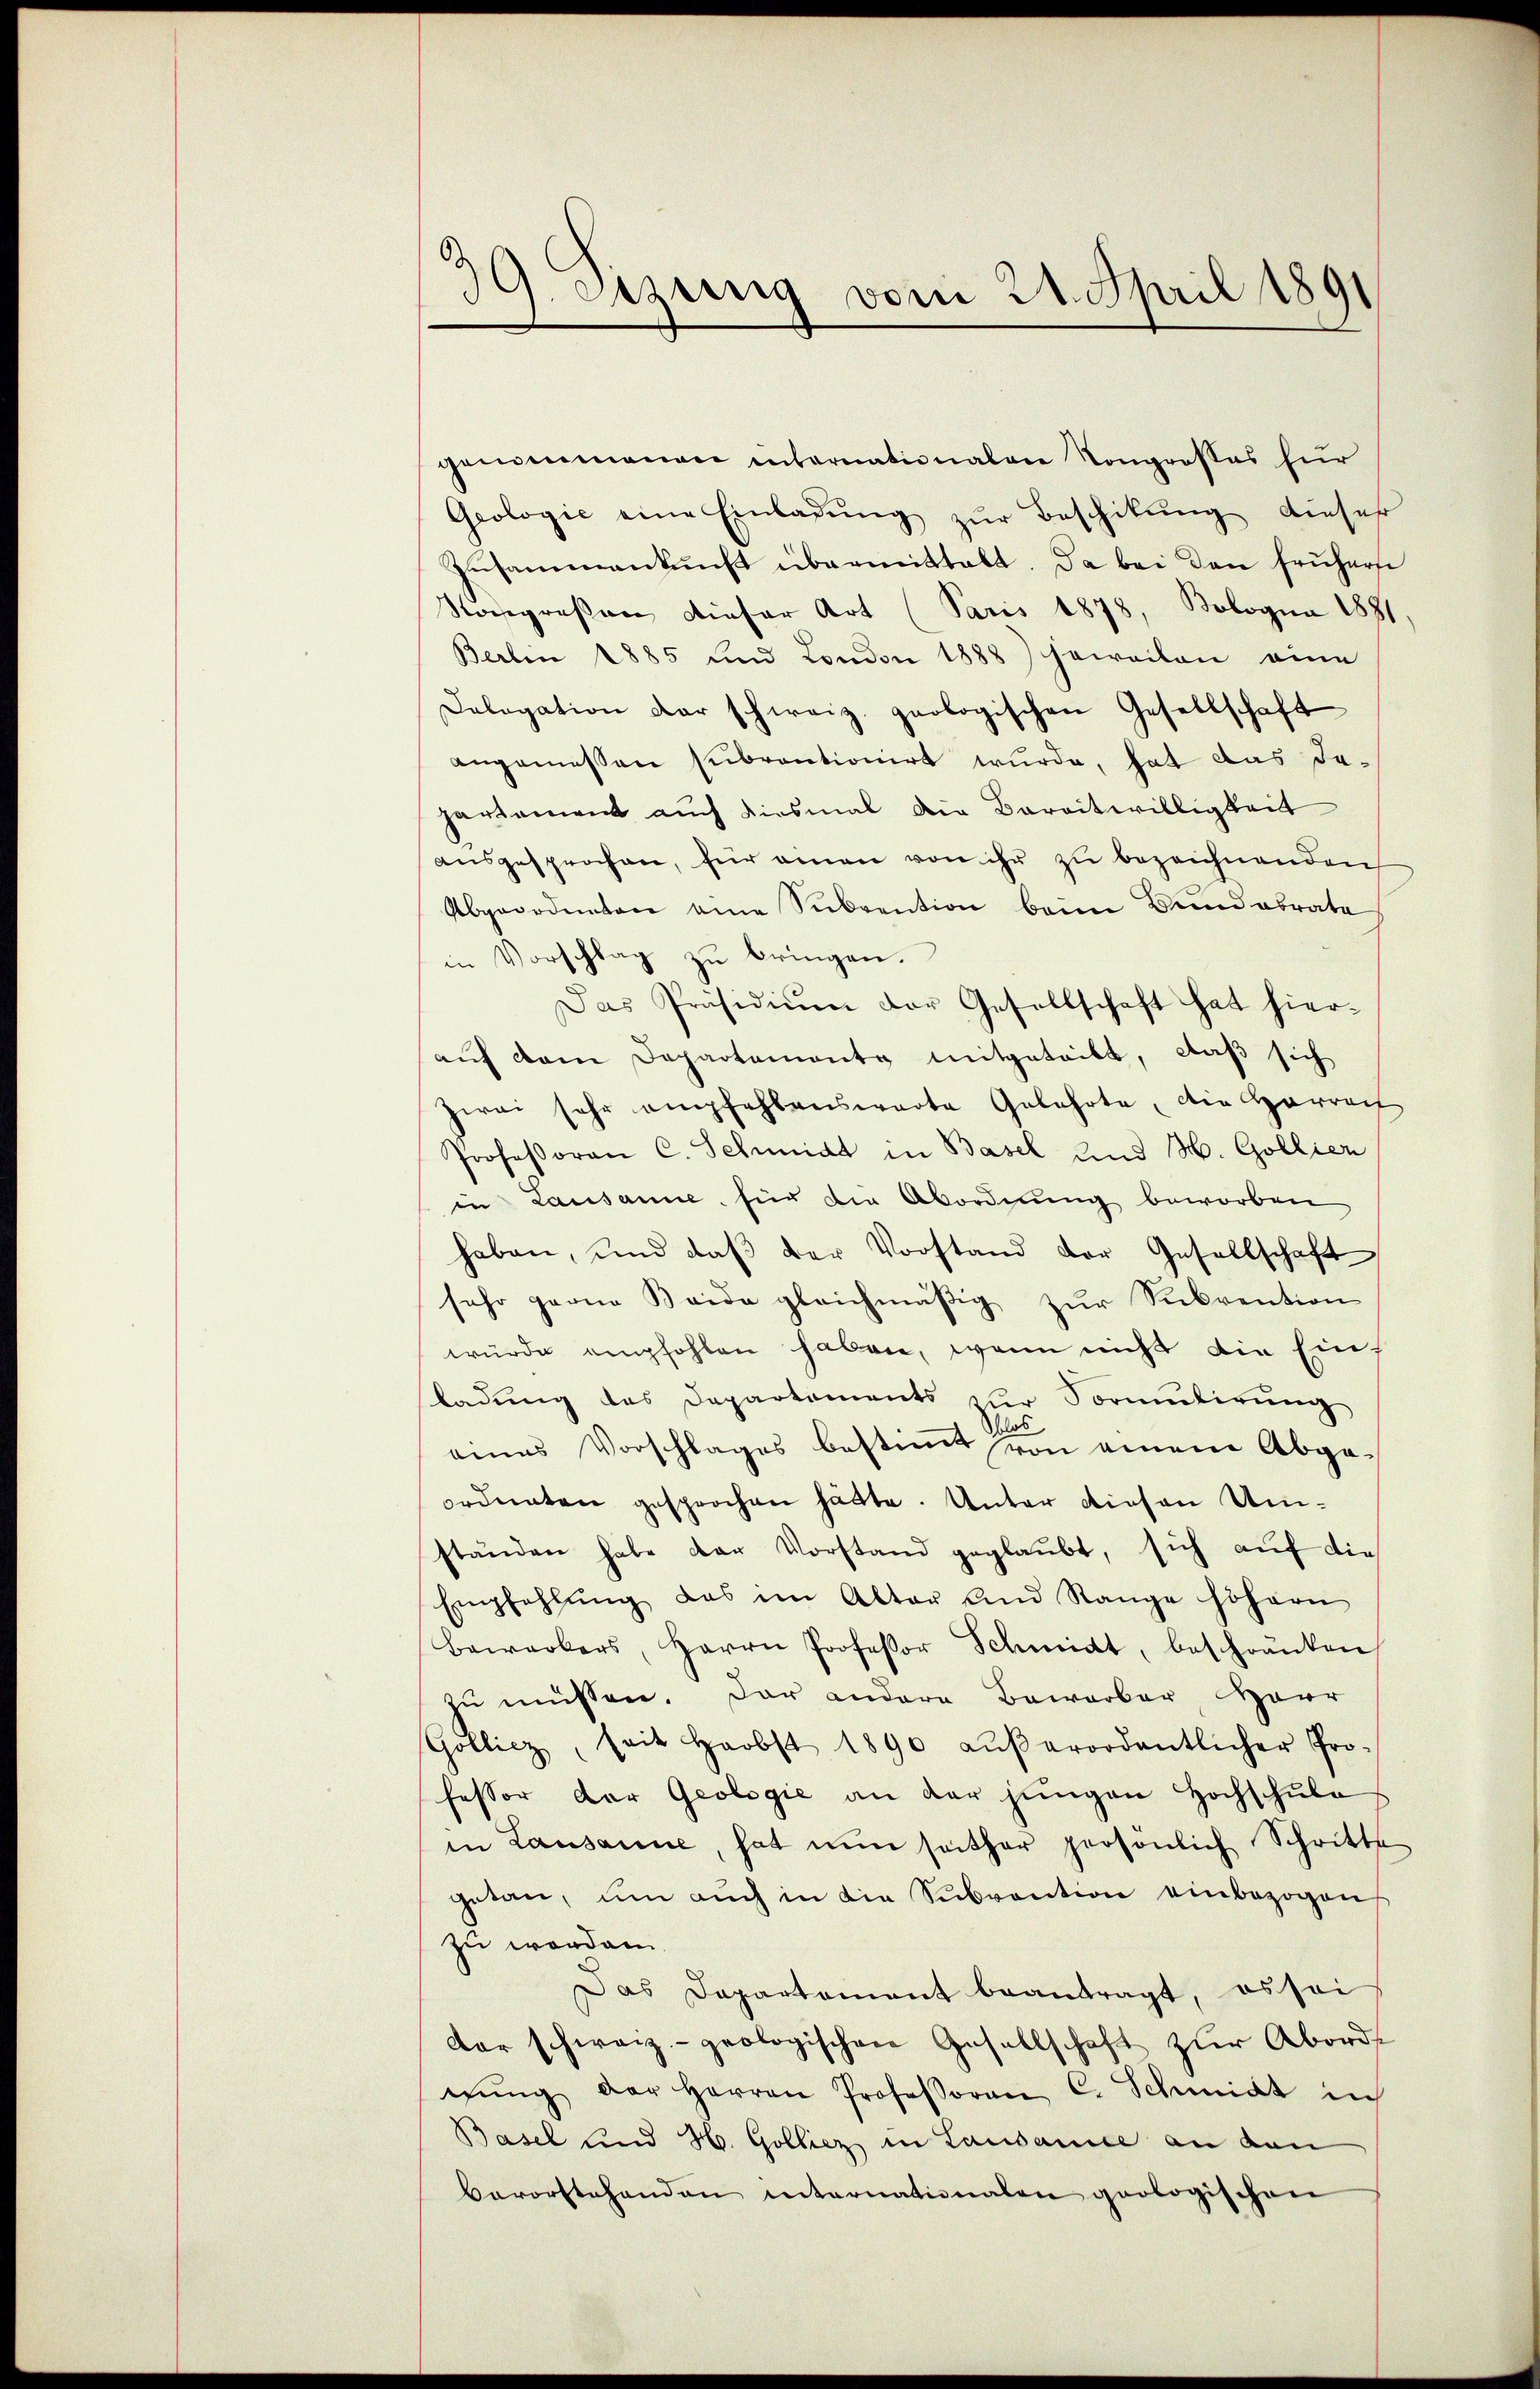
39. Setzung vom 21. April 1891

genommenen internationalen Kongrosses für
Geologic eine Einladŭng zŭr Beschikŭng dieser
Zusammenkunft übermittalt. Da bei den früherse
Nongreßen dieser Art (Paris 1878, Bologna 1881
Berben 1885 und London 1888) jeweilen eine
Calogation der schweiz. geologischen Gesellschaft
angemessen subventionirt wurde, hat das Japartament auch diesmal die Bareitwilligkeit
ausgesprochen, für einen von ihr zu bezeichnenden
Abgeordneten eine Subvention beim Bund abrate
in Vorschlag zu bringen.
Das Präsidiŭm der Gesellschaft hat hier-
aŭf dem Departemente mitgeteilt, daß sich
zwei sehr empfehlenswarte Gelehrte, die Herrech
Professoren C. Schmidt in Basel und H. Gollier
in Lausanne für die Abordnung beworben
haben, und daβ der Vorstand der Gesellschaft
sehr gerne Beide gleichmäßig zur Subvention
würde empfohlen haben, wenn nicht die Einladung des Departaments zŭr Vormulirung
ob
eines Vorschlages bestimmt von einem Abge-
ordneten gesprochen hätte. Unter diesen Umständen habe der Vorstand geglaŭbt, sich aŭf die
Empfehlŭng das im Altar und Range höhern
Bawarkers, Herrn Professor Schmidt, beschränken
zu müssen. Der andere Bewerber Herr
Gollicz, seit Haobst 1890 aŭβerordentlicher Pro-
fessor der Geologie an der jungen Hochschule
in Lausanne, hat nun seither persönlich Schritte
getan, um auch in die Subvention einbezogens
zu worden.
Das Departement beantragt, es sei
dar schwarz- geologischen Gesellschaft zŭr Abord
gŭng der Herren Professoren C. Schmidt in
Basel und H. Golliez in Lausance an den
bevorstehenden internationalen geologischen